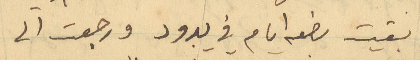
بقيت بضعه ايام في يبرود ورجعت الى